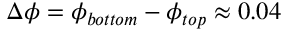
\Delta \phi = \phi _ { b o t t o m } - \phi _ { t o p } \approx 0 . 0 4